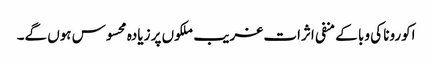
اکورونا کی وبا کے منفی اثرات غریب ملکوں پر زیادہ محسوس ہوں گے۔